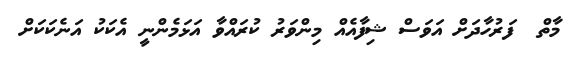
މާތް  ފަރުހާދަށް އަވަސް ޝިފާއެއް މިންވަރު ކުރައްވާ އަޅަމެންނީ އެކަކު އަނެކަކަށް